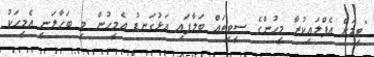
"ޓީމަށް އެޕްލައިކުރާ މީހުންގެ ސީވީތައް ބަލާފައި އަޅުގަނޑު އެމީހުން މި ބަހާލަނީ އެމީހަކު